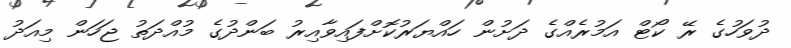
ދުވަހުގެ ރޭ ކޯޓް އަމުރެެއްގެ ދަށުން ހައްޔަރުކޮށްފައިވާއިރު ބަންދުގެ މުއްދަތު ޖަހަން މިއަދު